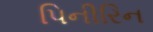
પિનીરિન